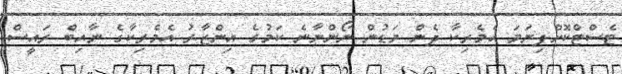
ޓެސްޓްކޮށްފިނަމަ އެމެރިކާ ދެން މަޑުން ނޯންނާނެ ކަމުގެ އިންޒާރު އެމެރިކާގެ ނާއިބް ރައީސް